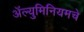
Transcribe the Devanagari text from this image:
अॅल्युमिनियमचे